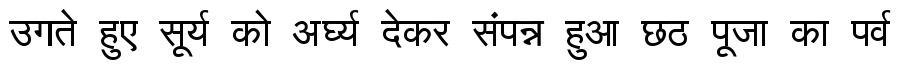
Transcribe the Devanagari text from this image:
उगते हुए सूर्य को अर्घ्य देकर संपन्न हुआ छठ पूजा का पर्व